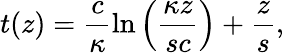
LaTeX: t(z)=\frac{c}{\kappa}\ln\left(\frac{\kappa z}{sc}\right)+\frac{z}{s},